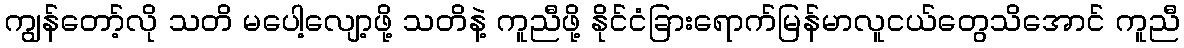
ကျွန်တော့်လို သတိ မပေါ့လျော့ဖို့ သတိနဲ့ ကူညီဖို့ နိုင်ငံခြားရောက်မြန်မာလူငယ်တွေသိအောင် ကူညီ